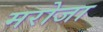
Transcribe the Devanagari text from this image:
मरोजा